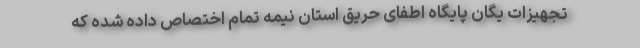
تجهیزات یگان پایگاه اطفای حریق استان نیمه تمام اختصاص داده شده که